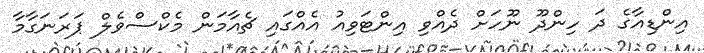
އިންޑިއާގެ ދަ ހިންދޫ ނޫހަށް ދެއްވި އިންޓަވިއު އެއްގައި ޗެއާމަން މެކްސްވެލް ޕަރަނަގާމާ